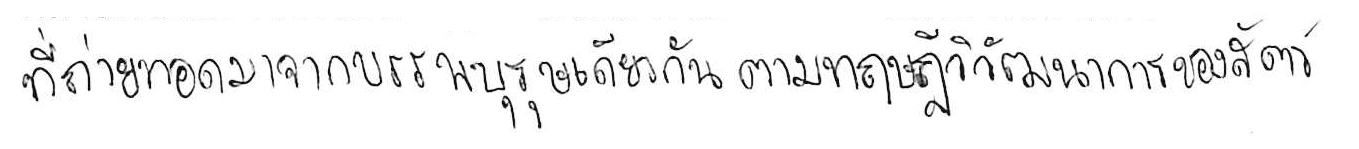
ที่ถ่ายทอดมาจากบรรพบุรุษเดียวกัน ตามทฤษฎีวิวัฒนาการของสัตว์